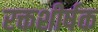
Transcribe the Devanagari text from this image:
रक्तशीर्षक